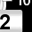
Digit: 2